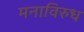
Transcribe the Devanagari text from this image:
मनाविरुध